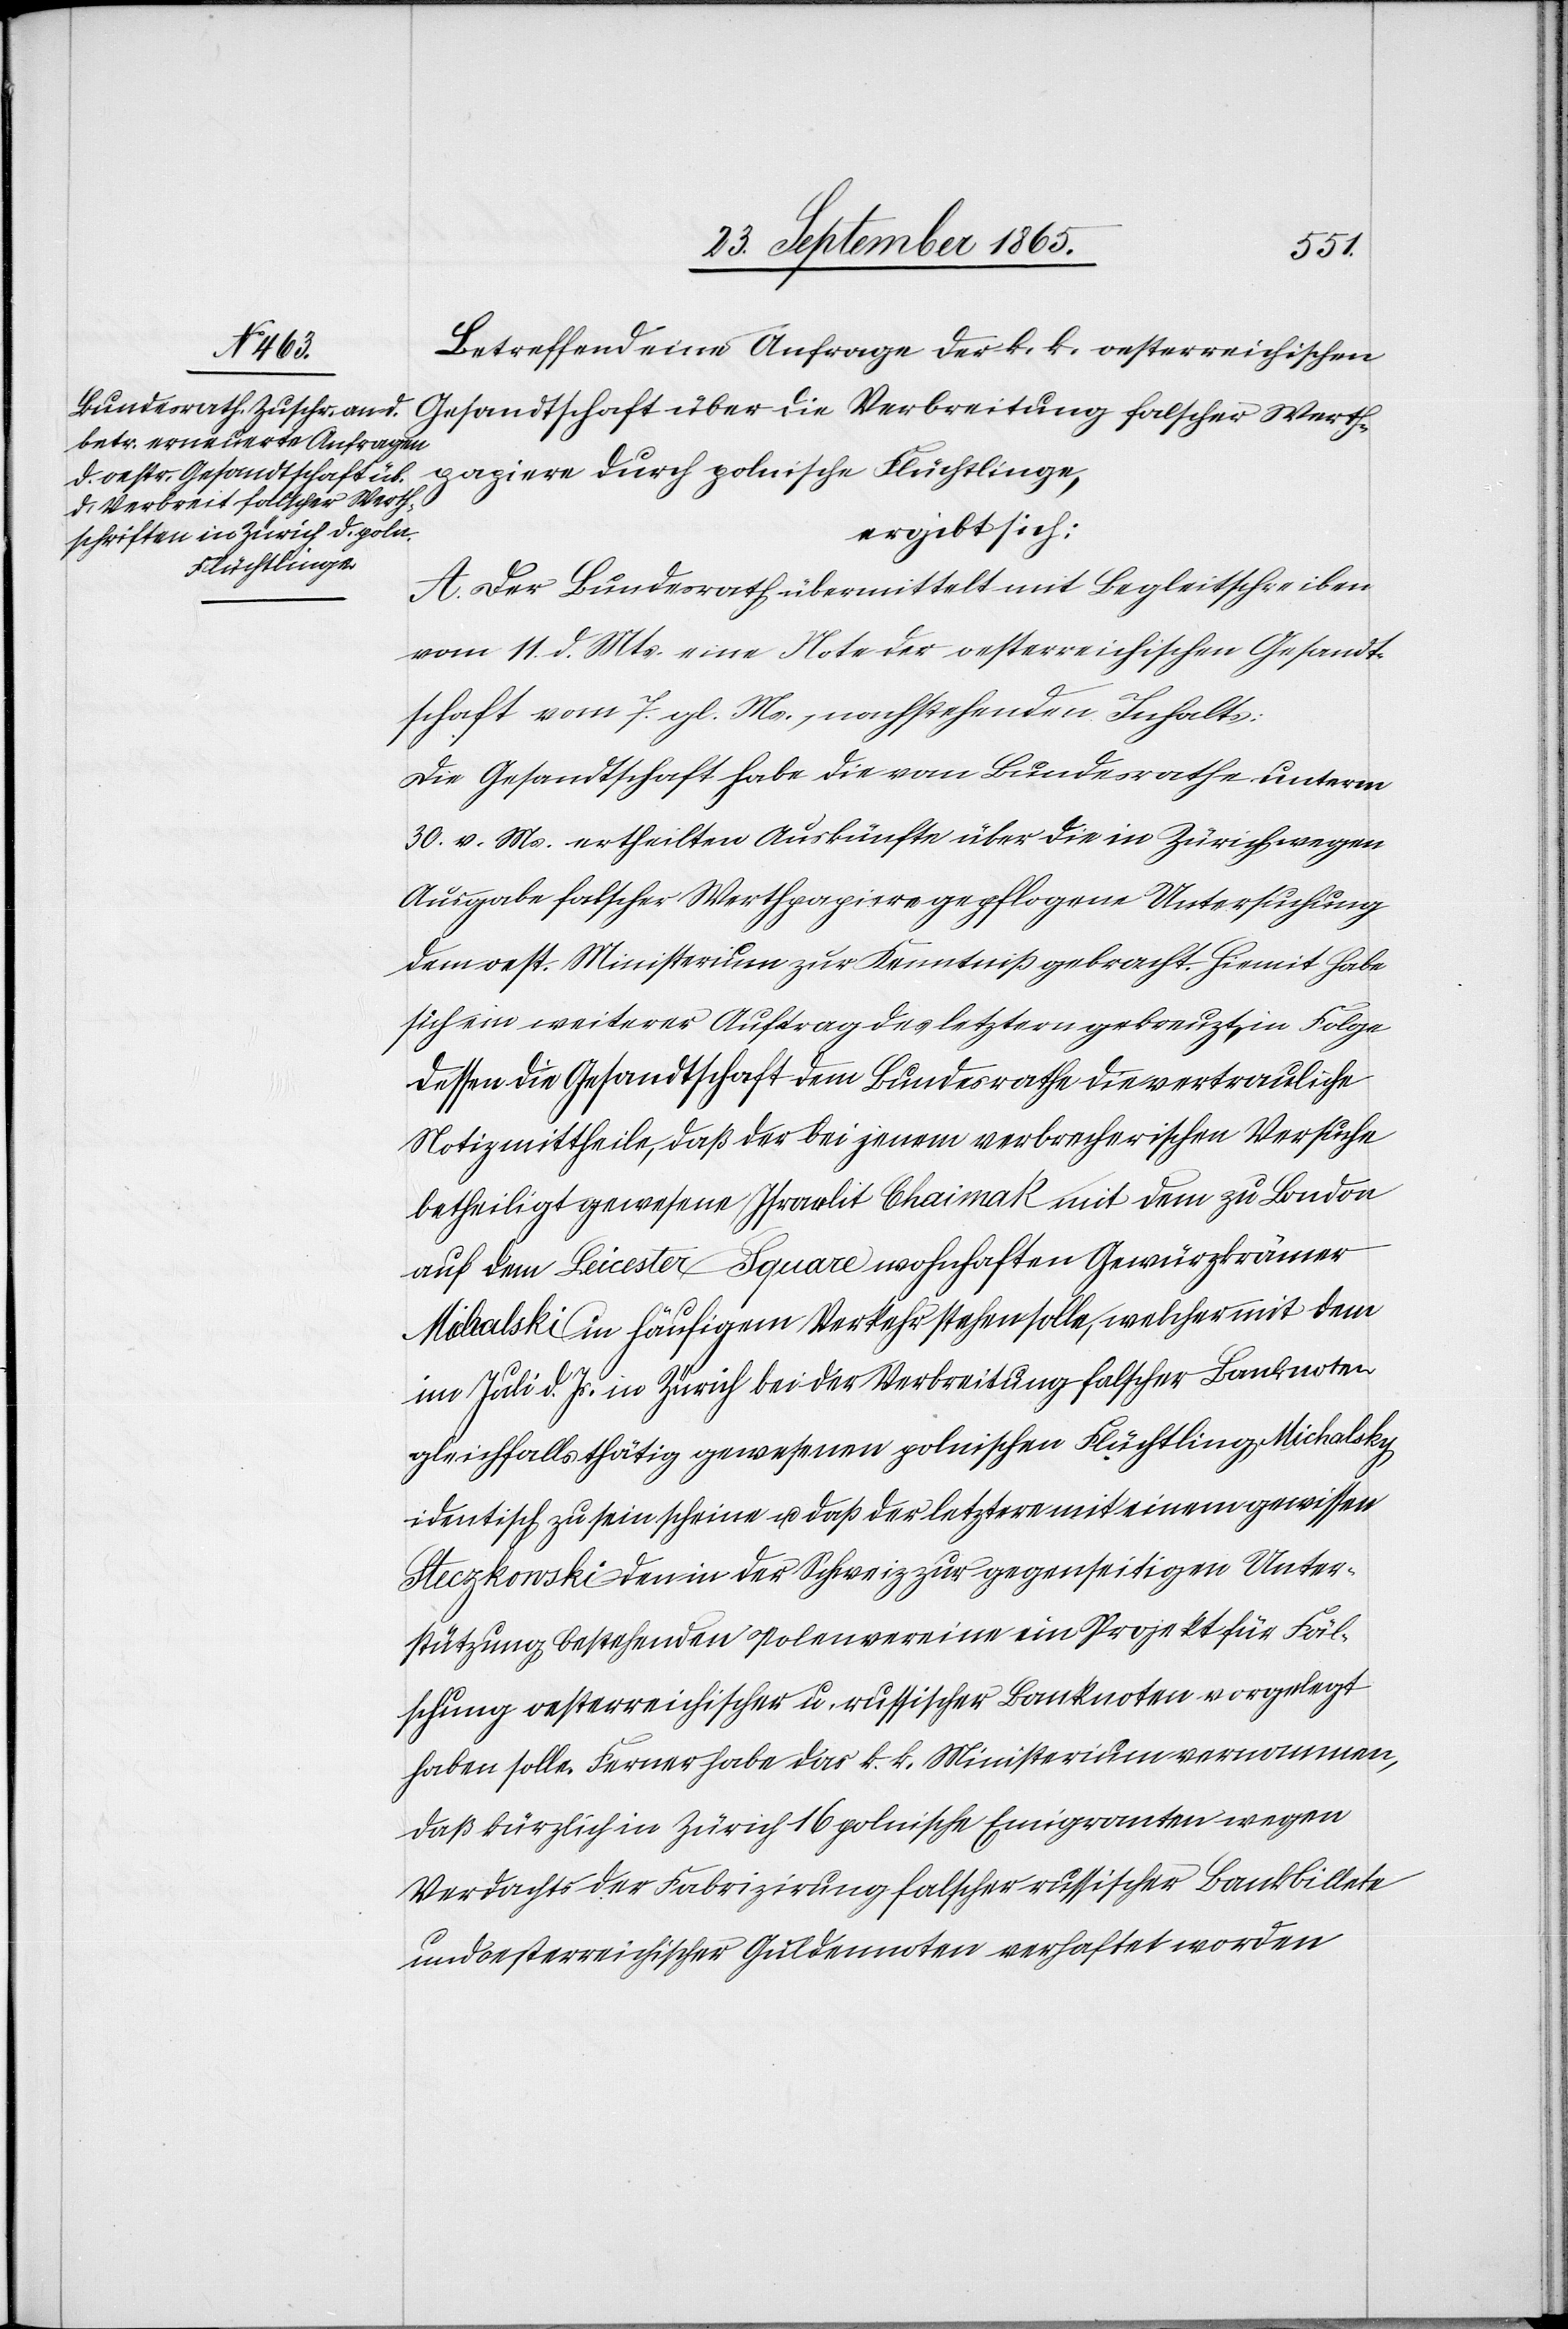
apiere
Betreffend eine Anfrage der k. k. oesterreichischen
Gesandtschaft über die Verbreitung falscher Werthp¬
ergibt sich:
Flüchtlinge,
A. Der Bundesrath übermittelt mit Begleitschreiben
vom 11. d. Mts. eine Note der oesterreichischen Gesandt¬
schaft vom 7. gl. Ms., nachstehenden Inhalts:
Die Gesandtschaft habe die vom Bundesrathe unterm
30. v. Ms. ertheilten Auskünfte über die in Zürich wegen
Ausgabe falscher Werthpapiere gepflogene Untersuchung
dem oest. Ministerium zur Kenntniß gebracht. Hiemit habe
sich ein weiterer Auftrag des letztern gekreuzt, in Folge
dessen die Gesandtschaft dem Bundesrathe die vertrauliche
Notiz mittheile, daß der bei jenem verbrecherischen Versuche
betheiligt gewesene Israelit Chaimak mit dem zu London
auf dem Leicester Square wohnhaften Gewürzkrämer
Michalski in häufigem Verkehr stehen solle, welcher mit dem
im Juli d. Js. in Zürich bei der Verbreitung falscher Banknoten
gleichfalls thätig gewesenen polnischen Flüchtling Michalsky
identisch zu sein scheine u. daß der letztere mit einem gewissen
Steczkowski den in der Schweiz zur gegenseitigen Unter¬
stützung bestehenden Polenvereine ein Projekt für Fäl¬
schung oesterreichischer u. russischer Banknoten vorgelegt
haben solle. Ferner habe das k. k. Ministerium vernommen,
das kürzlich in Zürich 16 polnische Emigranten wegen
Verdachts der Fabrizirung falscher russischer Bankbillete
und oesterreichischer Guldennoten verhaftet worden